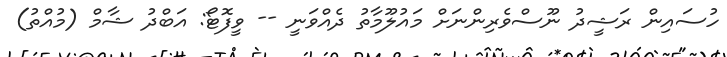
ހުސައިން ރަޝީދު ނޫސްވެރިންނަށް މައުލޫމާތު ދެއްވަނީ -- ވީފޮޓޯ: އަބްދު ޝާމް (މުއްތު)